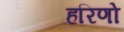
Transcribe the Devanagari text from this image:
हरिणो